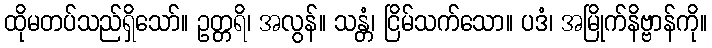
ထိုမတပ်သည်ရှိသော်။ ဥတ္တရိ၊ အလွန်။ သန္တံ၊ ငြိမ်သက်သော။ ပဒံ၊ အမြိုက်နိဗ္ဗာန်ကို။